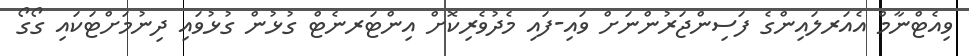
ވިއެޓްނާމް އެއަރލައިންގެ ފަސިންޖަރުންނަށް ވައި-ފައި މެދުވެރިކޮށް އިންޓަރނެޓް ގުޅުން ގުޅުވައި ދިނުމަށްޓަކައި ގޯގޯ